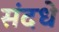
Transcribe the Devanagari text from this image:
संदधे